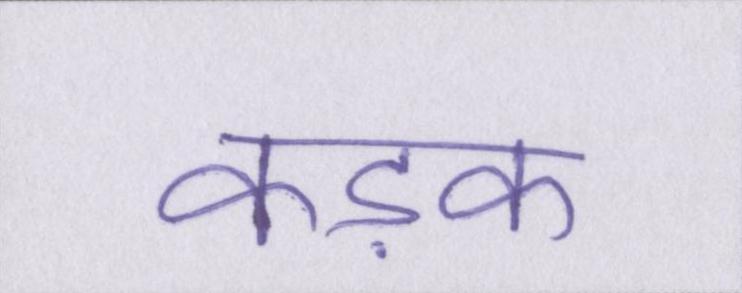
कड़क